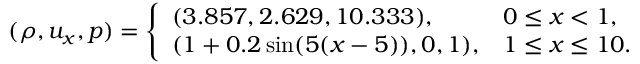
( \rho , u _ { x } , p ) = \left\{ \begin{array} { l l } { ( 3 . 8 5 7 , 2 . 6 2 9 , 1 0 . 3 3 3 ) , } & { 0 \leq x < 1 , } \\ { ( 1 + 0 . 2 \sin ( 5 ( x - 5 ) ) , 0 , 1 ) , } & { 1 \leq x \leq 1 0 . } \end{array} \right.